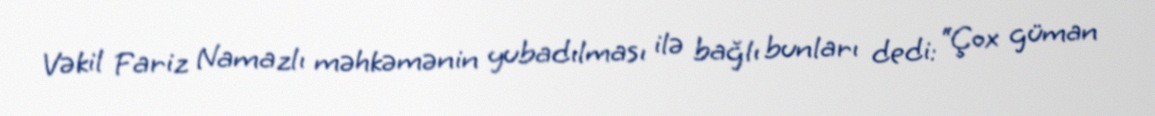
Vəkil Fariz Namazlı məhkəmənin yubadılması ilə bağlı bunları dedi: “Çox güman